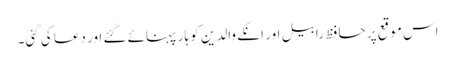
اس موقع پر حافظ رابیل اور انکے والدین کو ہار پہنائے گئے اور دعا کی گئی۔